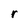
Character: r